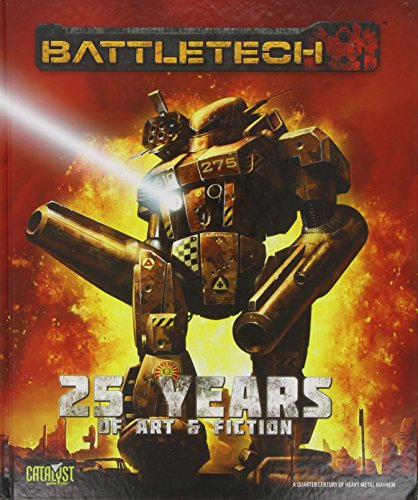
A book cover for BattleTech: 25 Years of Art & Fiction; Science Fiction & Fantasy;